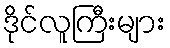
ဒိုင်လူကြီးများ